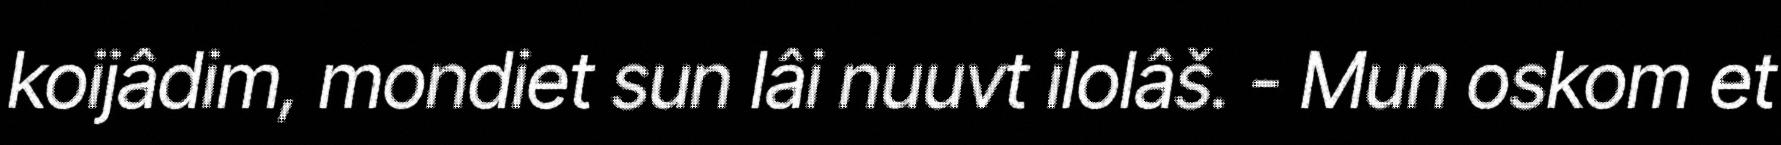
koijâdim, mondiet sun lâi nuuvt ilolâš. - Mun oskom et